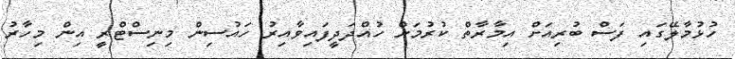
ހުޅުމާލޭގައި ފަސް ބުރިއަށް އިމާރާތް ކުރުމަށް ހުއްދަދީފައިވާއިރު ހައުސިން މިނިސްޓްރީ އިން މިހާރު